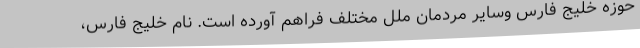
حوزه خلیج فارس وسایر مردمان ملل مختلف فراهم آورده است. نام خلیج فارس،